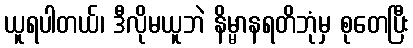
ယူရပါတယ်၊ ဒီလိုမယူဘဲ နိမ္မာနရတိဘုံမှ စုတေပြီး